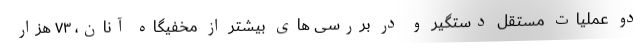
دو عملیات مستقل دستگیر و در بررسی های بیشتر از مخفیگاه آنان، ۷۳ هزار